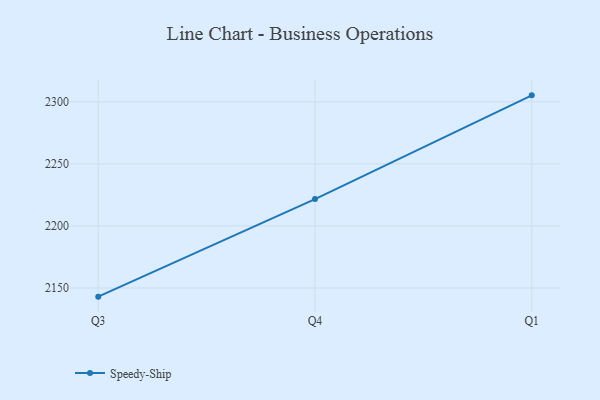
{"axis": {"x": "Quarter", "y": "Gross Profit (USD K)"}, "legend": ["Speedy-Ship"], "data": [{"x": "Q3", "y": 2143.0, "type": "Speedy-Ship"}, {"x": "Q4", "y": 2221.6, "type": "Speedy-Ship"}, {"x": "Q1", "y": 2305.2, "type": "Speedy-Ship"}]}